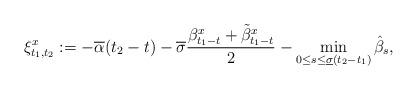
LaTeX: \begin{align*}\xi^x_{t_1,t_2}:=-\overline{\alpha}(t_2-t)-\overline{\sigma}\frac{\beta^x_{t_1-t}+\tilde{\beta}^x_{t_1-t}}{2}-\min_{0\le s\le\underline{\sigma}(t_2-t_1)} \hat{\beta}_s,\end{align*}